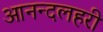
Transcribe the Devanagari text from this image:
आनन्दलहरी